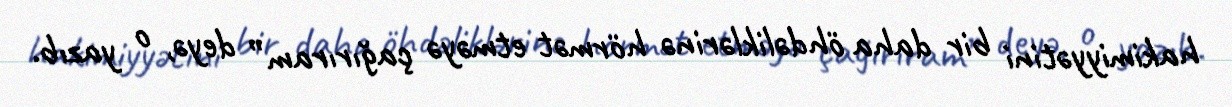
hakimiyyətini bir daha öhdəliklərinə hörmət etməyə çağırıram” deyə, o yazıb.